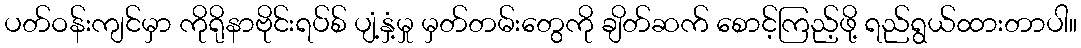
ပတ်ဝန်းကျင်မှာ ကိုရိုနာဗိုင်းရပ်စ် ပျံ့နှံ့မှု မှတ်တမ်းတွေကို ချိတ်ဆက် စောင့်ကြည့်ဖို့ ရည်ရွယ်ထားတာပါ။